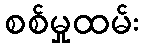
စစ်မှုထမ်း